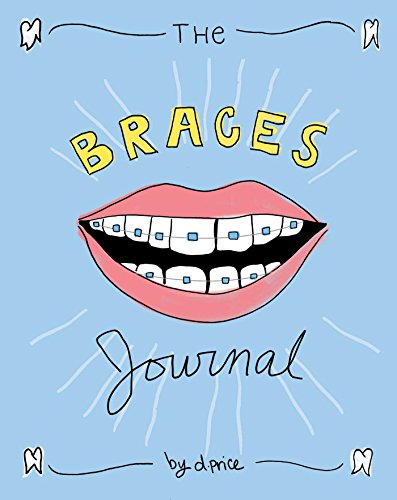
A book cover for The Braces Journal; Dan Price; Teen & Young Adult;